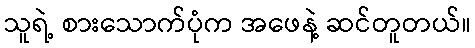
သူရဲ့ စားသောက်ပုံက အဖေနဲ့ ဆင်တူတယ်။